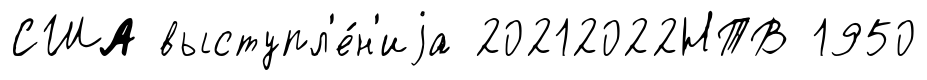
США выступл'е́н'иjа 20212022НТВ 1950